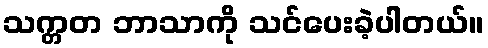
သက္တတ ဘာသာကို သင်ပေးခဲ့ပါတယ်။